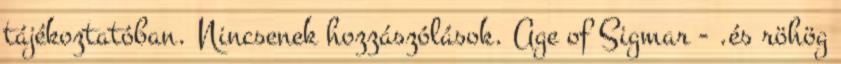
tájékoztatóban. Nincsenek hozzászólások. Age of Sigmar - .és röhög